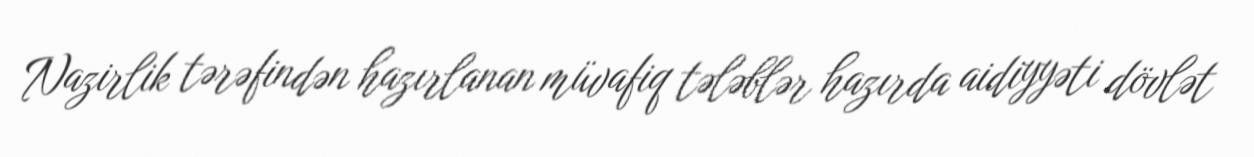
Nazirlik tərəfindən hazırlanan müvafiq tələblər hazırda aidiyyəti dövlət